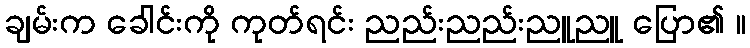
ချမ်းက ခေါင်းကို ကုတ်ရင်း ညည်းညည်းညူညူ ပြော၏ ။